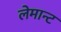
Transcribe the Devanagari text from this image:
लेमान्ट